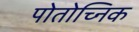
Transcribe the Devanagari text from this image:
पोतोच्निक